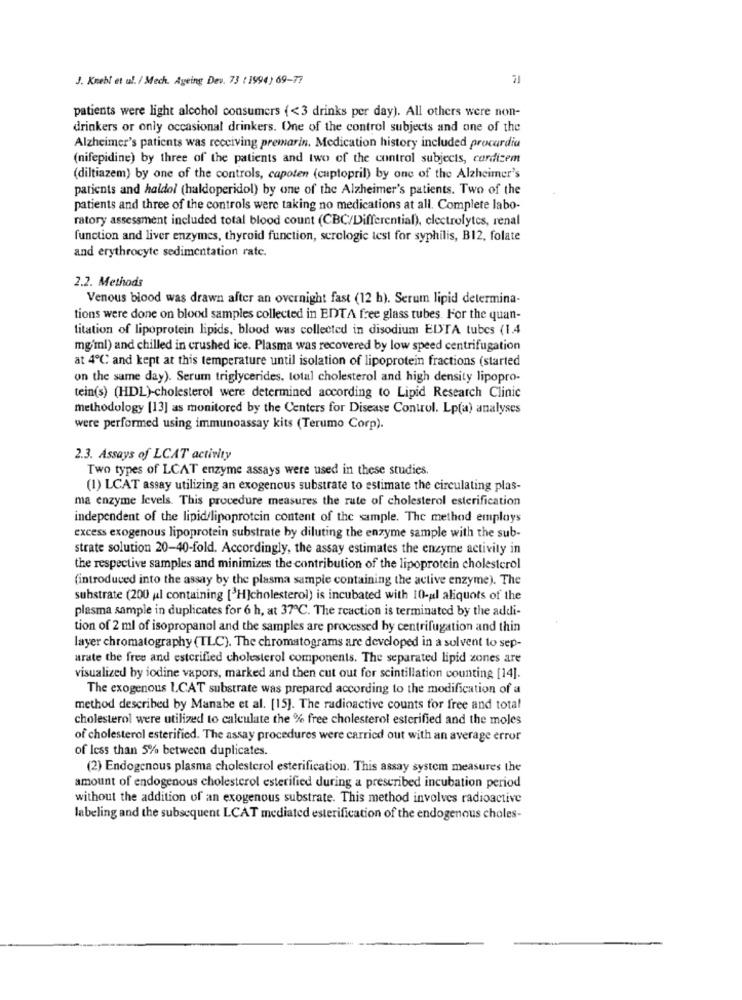
J. Knebl et ul. / Mech. Ageing Dev. 73 ( 1994) 69-77
patients were light alcohol consumers {<3 drinks per day). All others were non-
drinkers or only occasional drinkers. One of the control subjects and one of the
Alzheimer's patients was receiving premarin. Medication history included procardia
(nifepidine) by three of the patients and two of the control subjects, cardizem
(diltiazem) by one of the controls, capoten (captopril) by one of the Alzheimer's
patients and haldol (haldoperidol) by one of the Alzheimer's patients. Two of the
patients and three of the controls were taking no medications at all. Complete labo-
ratory assessment included total blood count (CBC/Differential), electrolytes, renal
function and liver enzymes, thyroid function, serologie test for syphilis, B12, folate
and erythrocyte sedimentation rate.
2.2. Methods
Venous blood was drawn after an overnight fast (12 h). Serum lipid determina-
tions were done on blood samples collected in EDTA free glass tubes. For the quan-
titation of lipoprotein lipids, blood was collected in disodium EDTA tubes (1.4
mg/ml) and chilled in crushed ice. Plasma was recovered by low speed centrifugation
at 4℃ and kept at this temperature until isolation of lipoprotein fractions (started
on the same day). Serum triglycerides, total cholesterol and high density lipopro-
tein(s) (HDL)-cholesterol were determined according to Lipid Research Clinic
methodology [13] as monitored by the Centers for Disease Control. Lp(a) analyses
were performed using immunoassay kits (Terumo Corp).
2.3. Assays of LCAT activity
Two types of LCAT enzyme assays were used in these studies.
(1) LCAT assay utilizing an exogenous substrate to estimate the circulating plas-
ma enzyme levels. This procedure measures the rate of cholesterol esterification
independent of the lipid/lipoprotein content of the sample. The method employs
excess exogenous lipoprotein substrate by diluting the enzyme sample with the sub-
strate solution 20-40-fold. Accordingly, the assay estimates the enzyme activity in
the respective samples and minimizes the contribution of the lipoprotein cholesterol
(introduced into the assay by the plasma sample containing the active enzyme). The
substrate (200 ul containing ['H]cholesterol) is incubated with 10-al aliquots of the
plasma sample in duplicates for 6 h, at 37℃. The reaction is terminated by the addi-
tion of 2 ml of isopropanol and the samples are processed by centrifugation and thin
layer chromatography (TLC). The chromatograms are developed in a solvent to sep-
urate the free and esterified cholesterol components. The separated lipid zones are
visualized by iodine vapors, marked and then cut out for scintillation counting [14].
The exogenous LCAT substrate was prepared according to the modification of a
method described by Manabe et al. [15]. The radioactive counts for free and total
cholesterol were utilized to calculate the % free cholesterol esterified and the moles
of cholesterol esterified. The assay procedures were carried out with an average error
of less than 5% between duplicates.
(2) Endogenous plasma cholesterol esterification. This assay system measures the
amount of endogenous cholesterol esterified during a prescribed incubation period
without the addition of an exogenous substrate. This method involves radioactive
Inbeling and the subsequent LCAT mediated esterification of the endogenous choles-